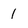
Character: 1